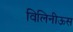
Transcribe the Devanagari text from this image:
विलिनीऊस